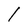
Character: l